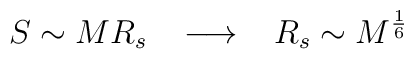
S \sim M R_s \; \; \; \longrightarrow \; \; \;R_s \sim M^{\frac{1}{6}}